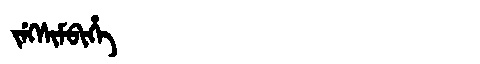
Manchu: ᠵᡝᡴᠰᡳᠮᠪᡳᡥᡝ
Romanization: JEKSIMBIHE